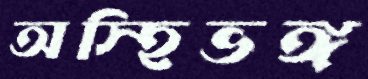
অস্হিভঙ্গ